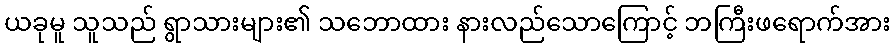
ယခုမူ သူသည် ရွာသားများ၏ သဘောထား နားလည်သောကြောင့် ဘကြီးဖရောက်အား